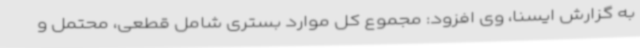
به گزارش ایسنا، وی افزود: مجموع کل موارد بستری شامل قطعی، محتمل و